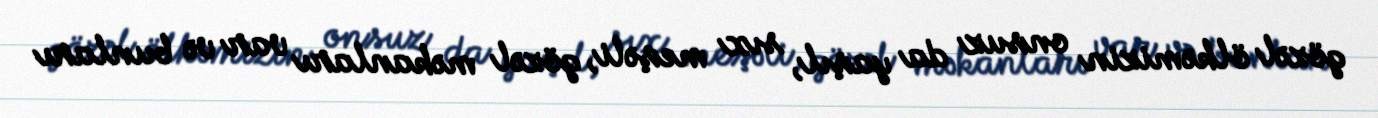
gözəl ölkəmizin onsuz da yaşıl, sıx meşəli, gözəl məkanları var və bunları